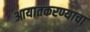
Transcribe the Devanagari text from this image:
आयातकरण्याचा